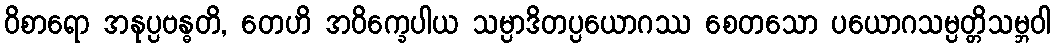
ဝိစာရော အနုပ္ပဗန္ဓတိ, တေဟိ အဝိက္ခေပါယ သမ္ပာဒိတပ္ပယောဂဿ စေတသော ပယောဂသမ္ပတ္တိသမ္ဘဝါ